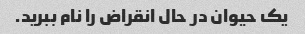
یک حیوان در حال انقراض را نام ببرید.